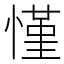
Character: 慬